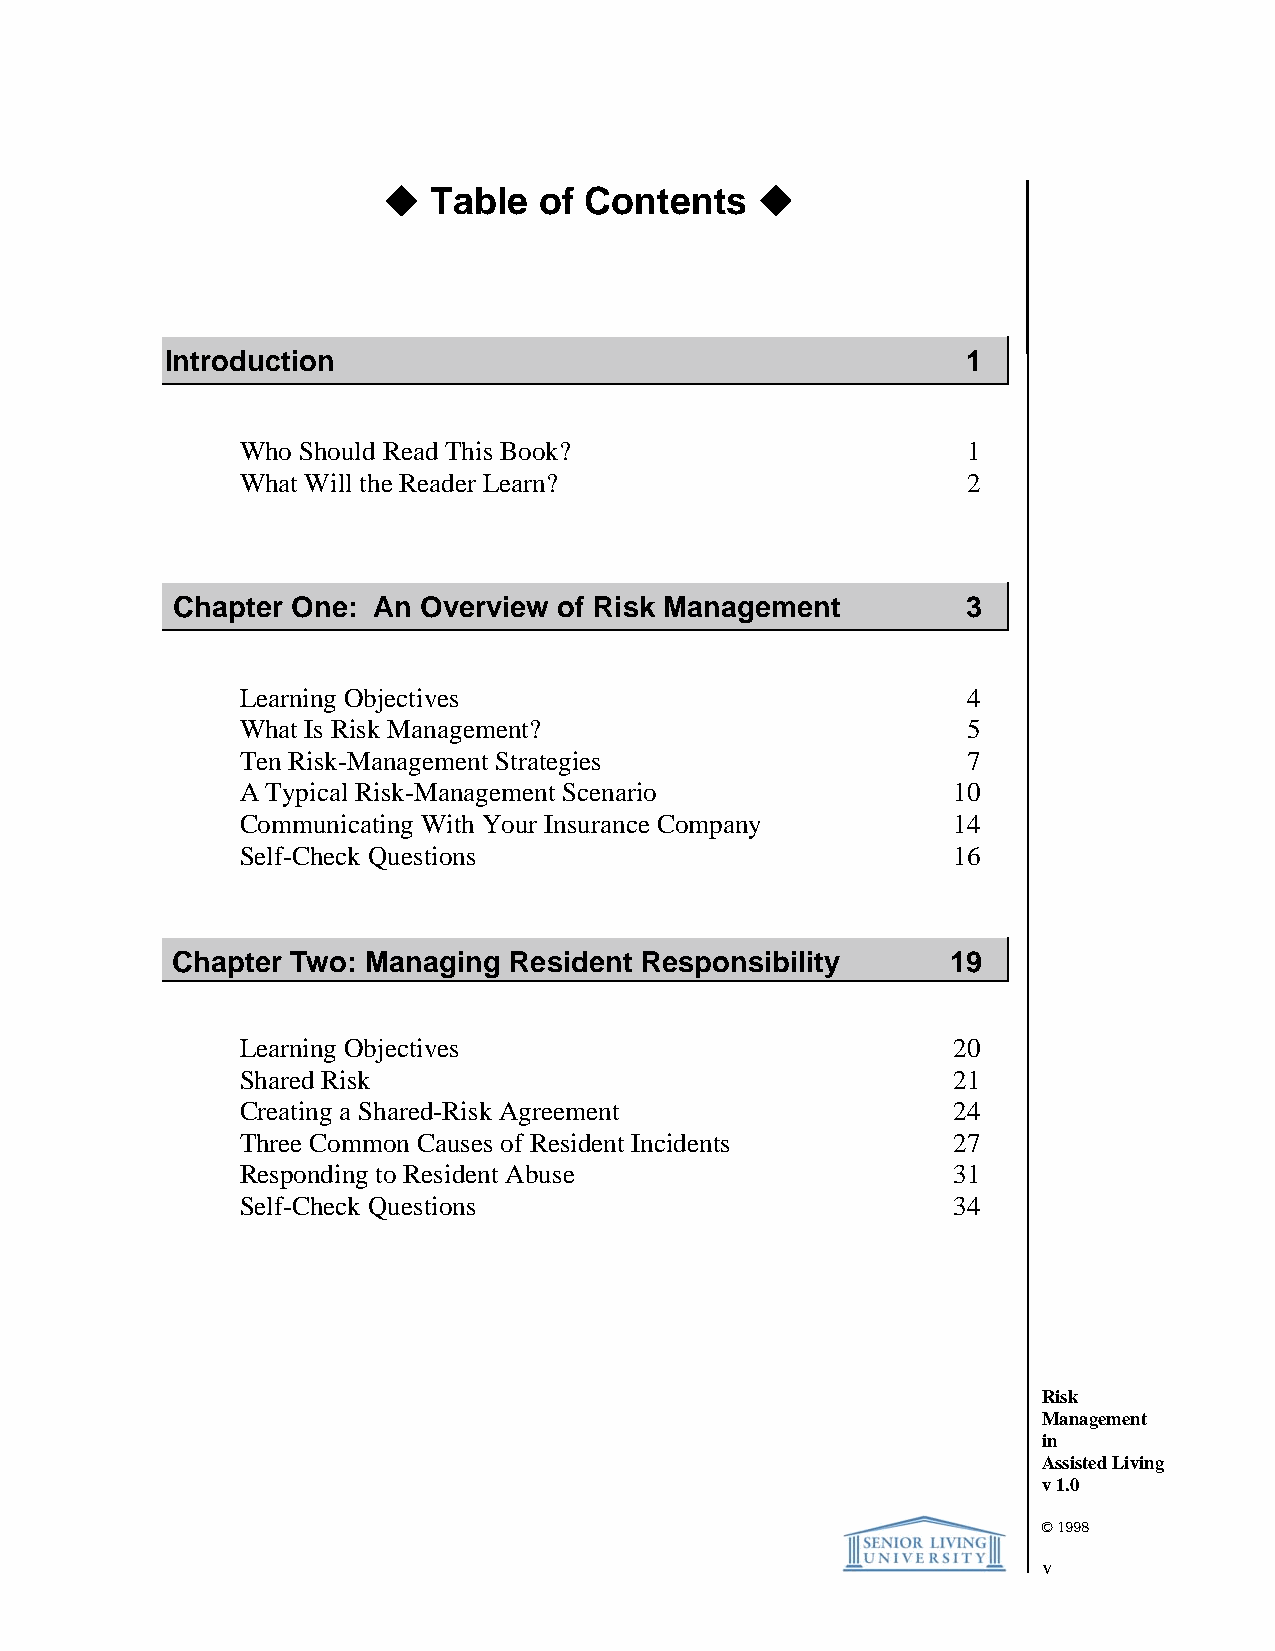
   Table  of Contents   
 Introduction                                         1
 Who Should Read This Book?                      1
 What Will the Reader Learn?                     2
 Chapter One:  An Overview of Risk Management         3
 Learning Objectives                             4
 What Is Risk Management?                        5
 Ten Risk-Management Strategies                  7
 A Typical Risk-Management Scenario             10
 Communicating With Your Insurance Company      14
 Self-Check Questions                           16
 Chapter Two: Managing  Resident Responsibility      19
 Learning Objectives                            20
 Shared Risk                                    21
 Creating a Shared-Risk Agreement               24
 Three Common Causes of Resident Incidents      27
 Responding to Resident Abuse                   31
 Self-Check Questions                           34
 Risk
 Management
 in
 Assisted Living
 v 1.0
 © 1998
 v